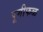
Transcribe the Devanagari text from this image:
पूगीफळ